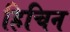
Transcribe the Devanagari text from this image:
हिचिन